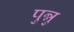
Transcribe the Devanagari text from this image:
पुन्नु